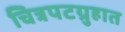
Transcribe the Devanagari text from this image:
चित्रपटग्रुहात